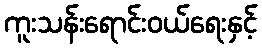
ကူးသန်းရောင်းဝယ်ရေးနှင့်